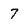
Character: 7